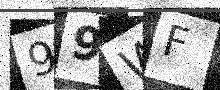
Text: 99WF